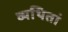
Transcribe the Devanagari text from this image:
व्यथितां